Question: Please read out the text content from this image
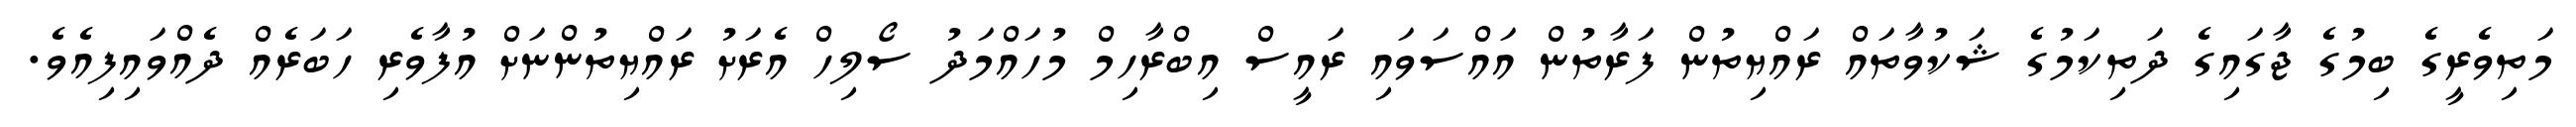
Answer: މަތިވެރީގެ ބިމުގެ ޖާގައިގެ ދަތިކަމުގެ ޝަކުވާތައް ރައްޔިތުން ފަރާތުން އައްސަވައި ރައީސް އިބްރާހިމް މުހައްމަދު ސޯލިހް އެރަށު ރައްޔިތުންނަށް އުފާވެރި ހަބަރެއް ދެއްވައިފިއެވެ.